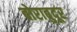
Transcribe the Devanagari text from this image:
बोराबुदूर